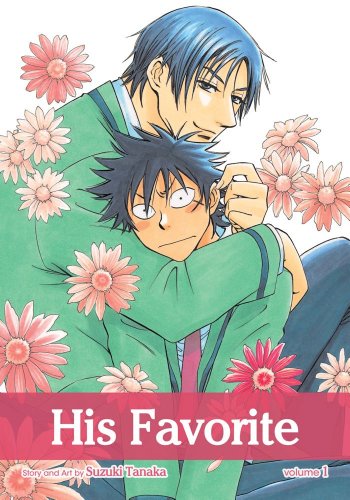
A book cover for His Favorite, Vol. 1 (Yaoi Manga); Suzuki Tanaka; Comics & Graphic Novels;